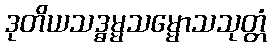
ဒုတိယသဒ္ဓမ္မသမ္မောသသုတ္တံ